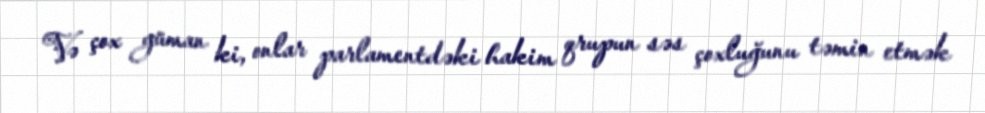
Və çox güman ki, onlar parlamentdəki hakim qrupun səs çoxluğunu təmin etmək